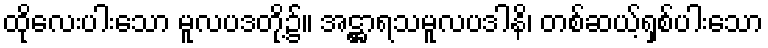
ထိုလေးပါးသော မူလပဒတို့၌။ အဋ္ဌာရသမူလပဒါနိ၊ တစ်ဆယ့်ရှစ်ပါးသော